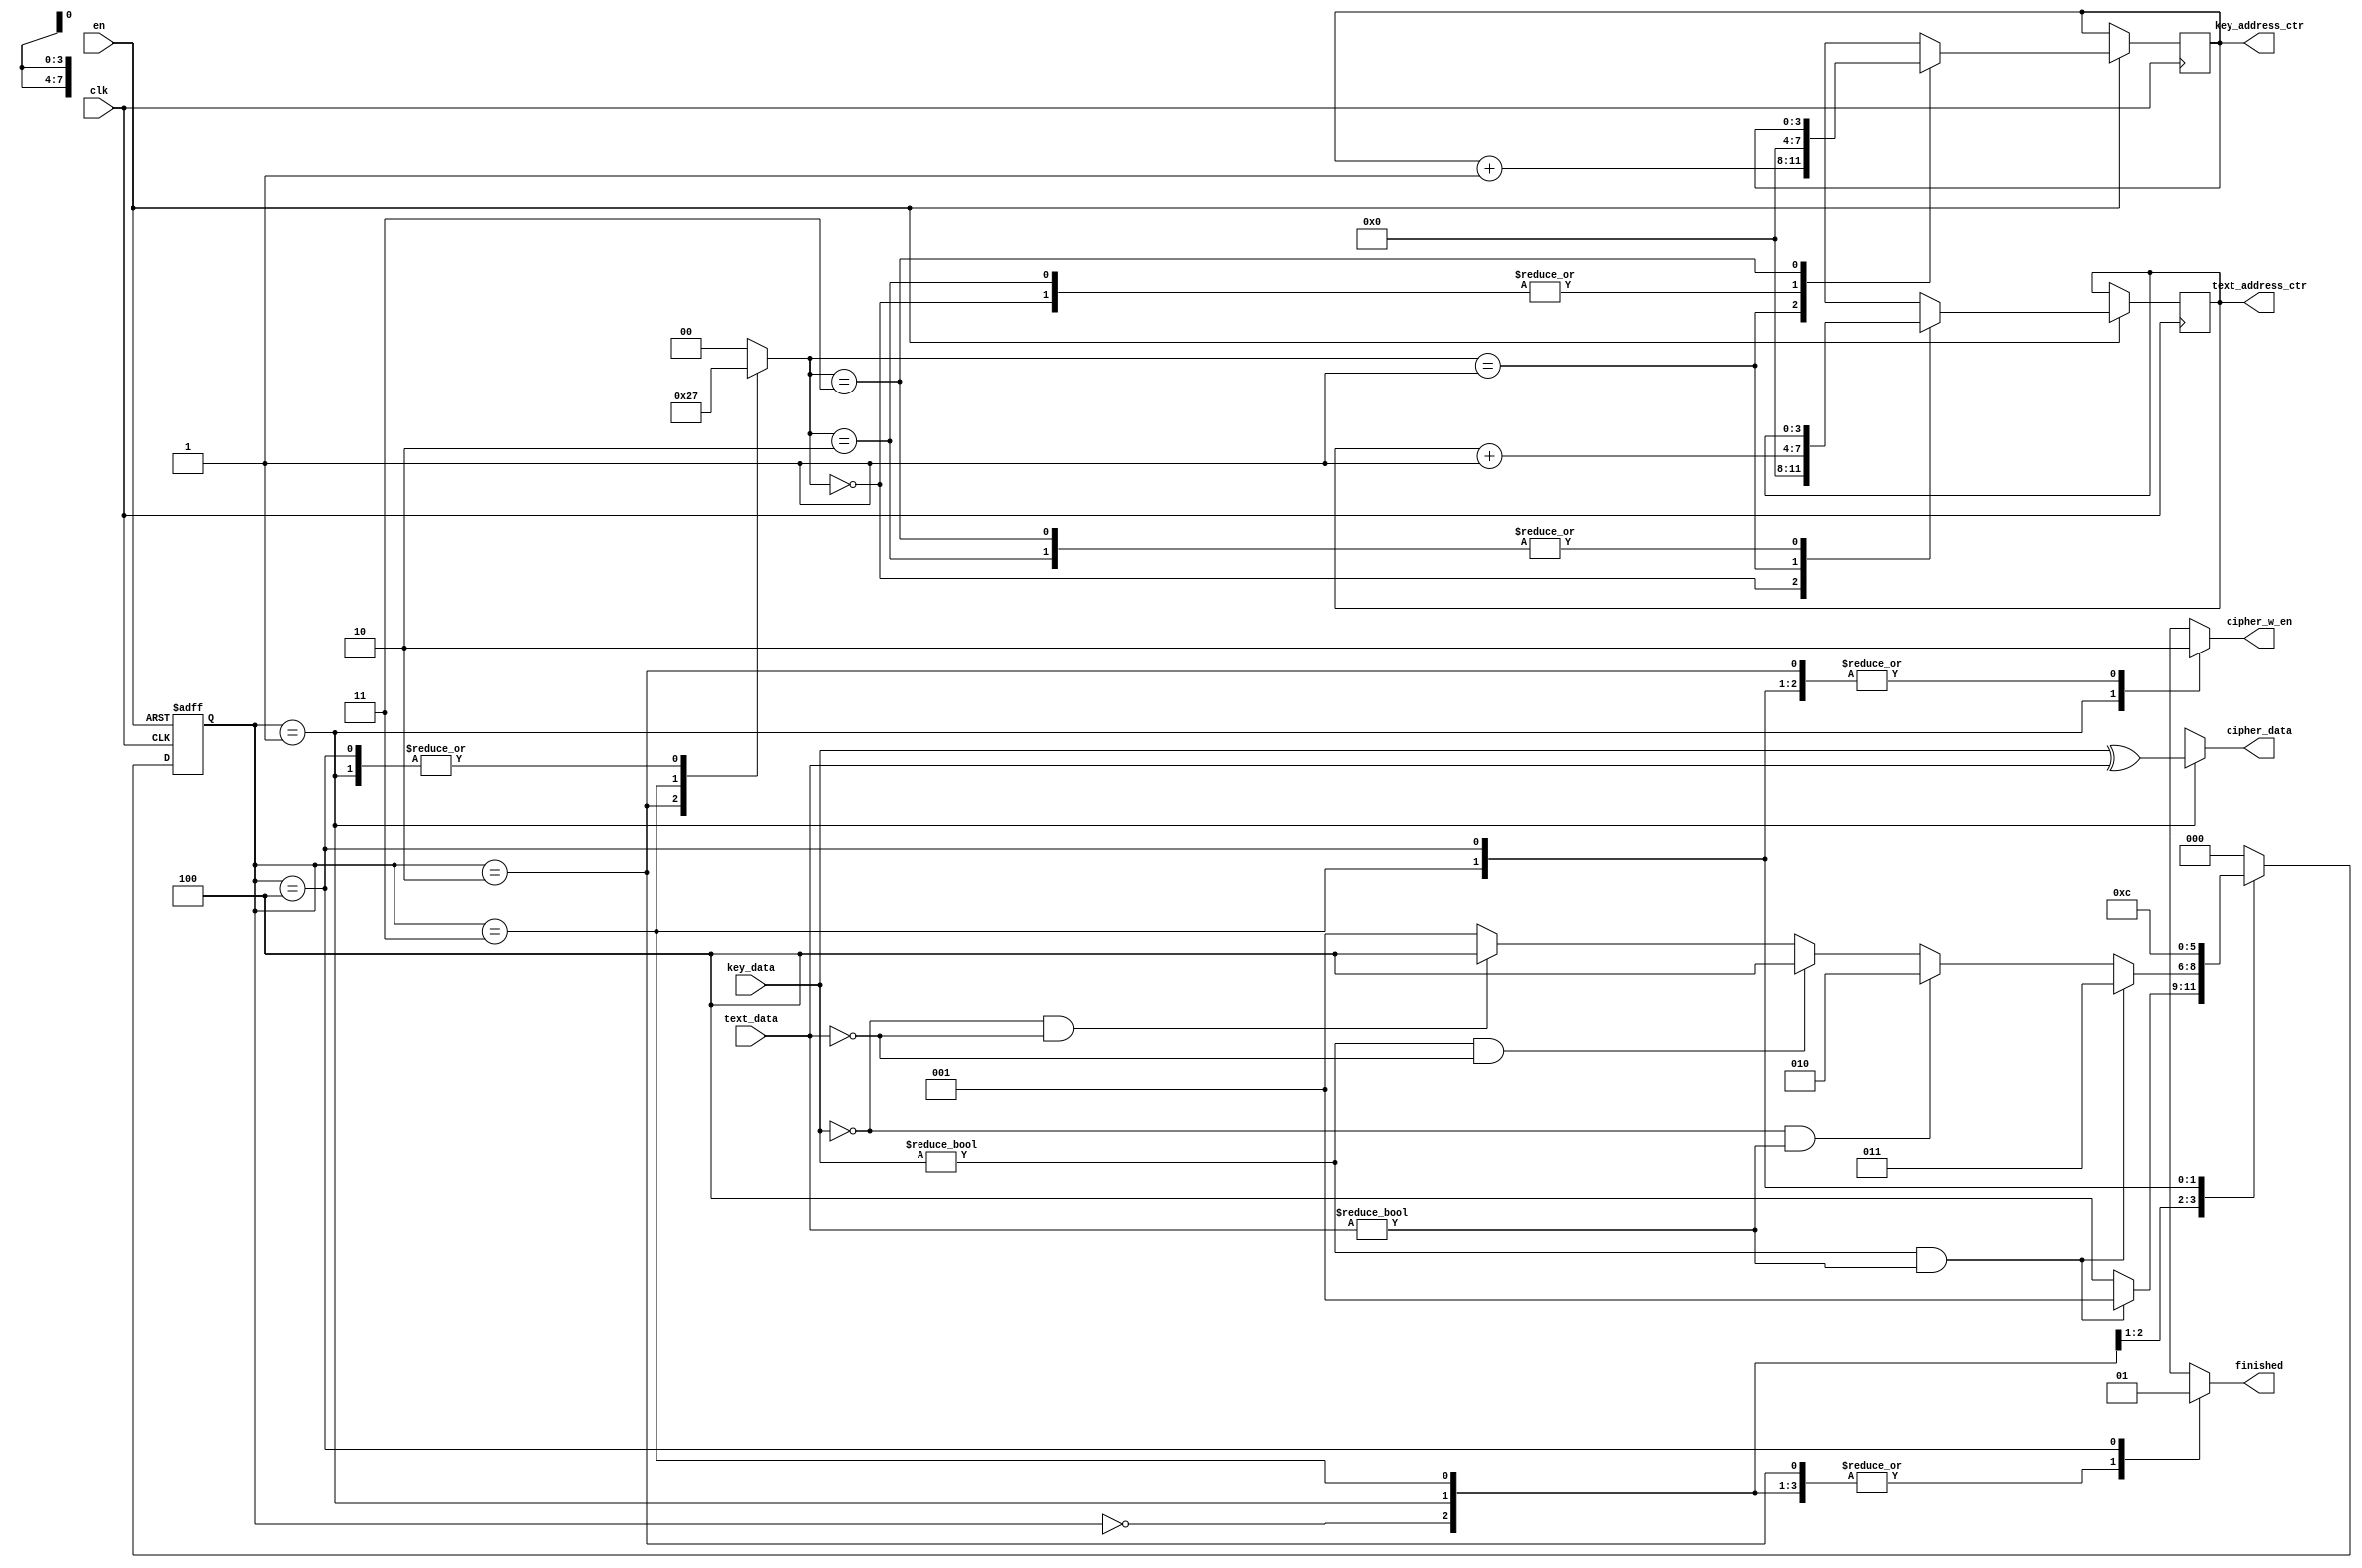
`timescale 1ns / 1ps
//////////////////////////////////////////////////////////////////////////////////
// Company:	-
// 
// Design Name: 	-
// Module Name:    encryption 
// Project Name: 	FPGA implementation of simple XOR cipher
// Target Devices: -
// Tool versions: -
// Description: -
//
// Dependencies: -
//
// Revision: 
// Revision 0.01 - File Created
// Additional Comments: 
//
//////////////////////////////////////////////////////////////////////////////////

module encryption
	(
		input clk, en,
		input [7:0] text_data, key_data,
		output reg cipher_w_en, finished,
		output reg [3:0] text_address_ctr, key_address_ctr,
		output reg [7:0] cipher_data 
	);
	
	reg [2:0] state, nstate;
	reg [1:0] key;
	
	localparam [2:0]	
		s0=3'b000,
		s1=3'b001,
		s2=3'b010,
		s3=3'b011,
		s4=3'b100;
		
	// state register
	always @(posedge clk or negedge en)
		if(en==0) state <= s0;
		else 
			begin
				state <= nstate;
				case(key)
					2'b00:
						begin
							text_address_ctr <= 4'b0;
							key_address_ctr <= 4'b0;
						end
					
					2'b01:
						begin
							key_address_ctr <= key_address_ctr + 1;
							text_address_ctr <= text_address_ctr + 1;
						end
					
					2'b10:
						begin
							text_address_ctr <= text_address_ctr;
							key_address_ctr <= 4'b0;
						end
					
					2'b11:
						begin
							text_address_ctr <= text_address_ctr;
							key_address_ctr <= key_address_ctr;
						end
					default:
						begin
							text_address_ctr <= 4'bx;
							key_address_ctr <= 4'bx;
						end
				endcase
			end
	
	// next state combinational logic
	always @(state, key_data, text_data)
		case(state)
			s0: nstate = (key_data != 8'b0 && text_data != 8'b0) ? s1 : s4;
			s1: 
				begin
					if( key_data != 8'b0 && text_data != 8'b0 ) nstate = s3;
					else if( key_data == 8'b0 && text_data != 8'b0 ) nstate = s2;
					else if( key_data != 8'b0 && text_data == 8'b0 ) nstate = s4;
					else if( key_data == 8'b0 && text_data == 8'b0 ) nstate = s4;
					else nstate = s1;
				end
			
			s2|s3: nstate = s1;
			s4: nstate = s4;
			default: nstate = s0;
		endcase
			
	// output combinational logic
	always @(state, key_data, text_data, key) 
		begin
			case(state)
				s0:
					begin
						key = 2'b00;
						cipher_w_en = 0;
						cipher_data = 8'bx;
						finished = 0;
					end
				
				s1:
					begin
						key = 2'b11;
						cipher_w_en = 1;
						cipher_data = key_data ^ text_data;
						finished = 0;
					end
				
				s2: 
					begin
						key = 2'b10;
						cipher_w_en = 0;
						cipher_data = 8'bx;
						finished = 0;
					end
					
				s3: 
					begin
						key = 2'b01;
						cipher_w_en = 0;
						cipher_data = 8'bx;
						finished = 0;
					end
				
				s4: 
					begin
						key = 2'b11;
						cipher_w_en = 0;
						finished = 1;
						cipher_data = 8'bx;
					end
				
				default:
					begin
						key = 2'b00;
						cipher_w_en = 1'bx;
						finished = 1'bx;
						cipher_data = 8'bx;
					end
			endcase
		end
endmodule